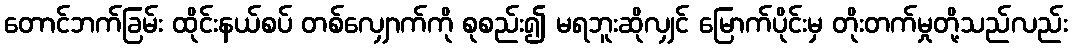
တောင်ဘက်ခြမ်း ထိုင်းနယ်စပ် တစ်လျှောက်ကို စုစည်း၍ မရဘူးဆိုလျှင် မြောက်ပိုင်းမှ တိုးတက်မှုတို့သည်လည်း